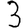
Digit: 3